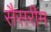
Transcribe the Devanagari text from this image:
सैसरीम